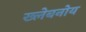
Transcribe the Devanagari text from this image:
ख्लेबनोय